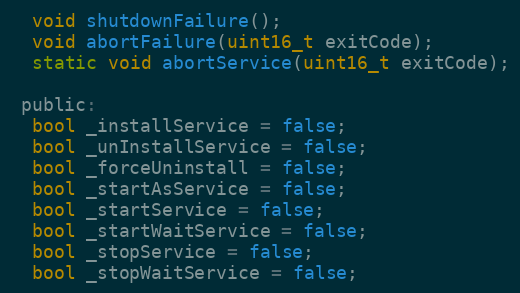
Language: C
  void shutdownFailure();
  void abortFailure(uint16_t exitCode);
  static void abortService(uint16_t exitCode);

 public:
  bool _installService = false;
  bool _unInstallService = false;
  bool _forceUninstall = false;
  bool _startAsService = false;
  bool _startService = false;
  bool _startWaitService = false;
  bool _stopService = false;
  bool _stopWaitService = false;